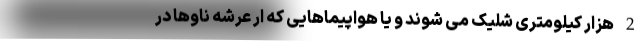
2 هزار کیلومتری شلیک می شوند و یا هواپیماهایی که ار عرشه ناوها در